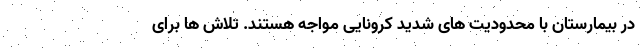
در بیمارستان با محدودیت های شدید کرونایی مواجه هستند. تلاش ها برای